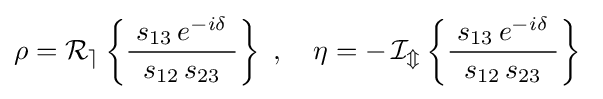
\rho =\operatorname {\mathcal {R_{e}}} \left\{{\frac {\;s_{13}\,e^{-i\delta }\;}{s_{12}\,s_{23}}}\right\}~,\quad \eta =-\operatorname {\mathcal {I_{m}}} \left\{{\frac {\;s_{13}\,e^{-i\delta }\;}{s_{12}\,s_{23}}}\right\}~